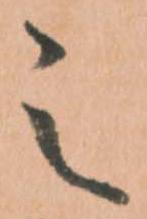
之